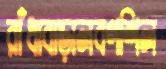
রাঁধাবাড়ালবণশিল